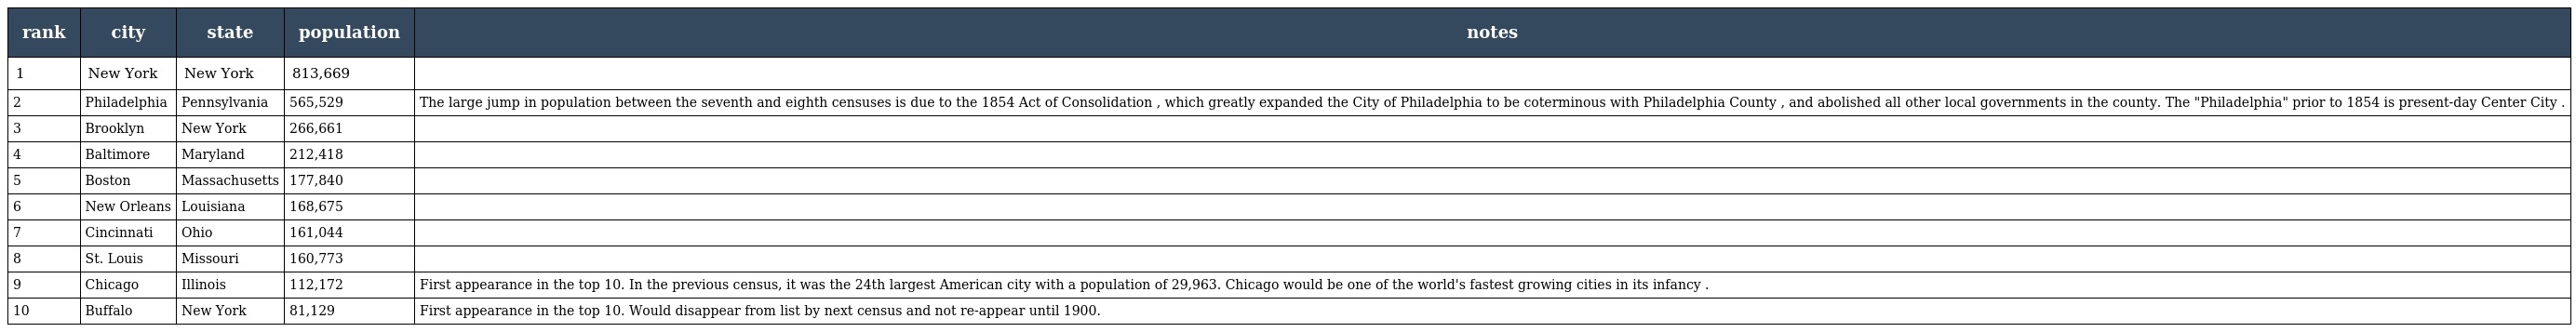
| rank | city | state | population | notes |
 | --- | --- | --- | --- | --- |
 | 1 | New York | New York | 813,669 |  |
 | 2 | Philadelphia | Pennsylvania | 565,529 | The large jump in population between the seventh and eighth censuses is due to the 1854 Act of Consolidation , which greatly expanded the City of Philadelphia to be coterminous with Philadelphia County , and abolished all other local governments in the county. The "Philadelphia" prior to 1854 is present-day Center City . |
 | 3 | Brooklyn | New York | 266,661 |  |
 | 4 | Baltimore | Maryland | 212,418 |  |
 | 5 | Boston | Massachusetts | 177,840 |  |
 | 6 | New Orleans | Louisiana | 168,675 |  |
 | 7 | Cincinnati | Ohio | 161,044 |  |
 | 8 | St. Louis | Missouri | 160,773 |  |
 | 9 | Chicago | Illinois | 112,172 | First appearance in the top 10. In the previous census, it was the 24th largest American city with a population of 29,963. Chicago would be one of the world's fastest growing cities in its infancy . |
 | 10 | Buffalo | New York | 81,129 | First appearance in the top 10. Would disappear from list by next census and not re-appear until 1900. |